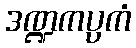
ဒဏ္ဍကပ္ပကံ